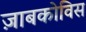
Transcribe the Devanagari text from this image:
ज़ाबकोविस